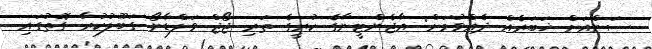
ސަންއަށް ޚަބަރެއް ދެއްވުމަށް: އާޖެންޓީނާގެ ކުރީގެ ތަރި ޖޯޖް ވަލްޑާނޯ ގަބޫލުކުރާ ގޮތުގައި